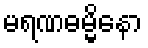
မရဏဓမ္မိနော